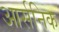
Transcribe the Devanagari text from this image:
आर्सनिक